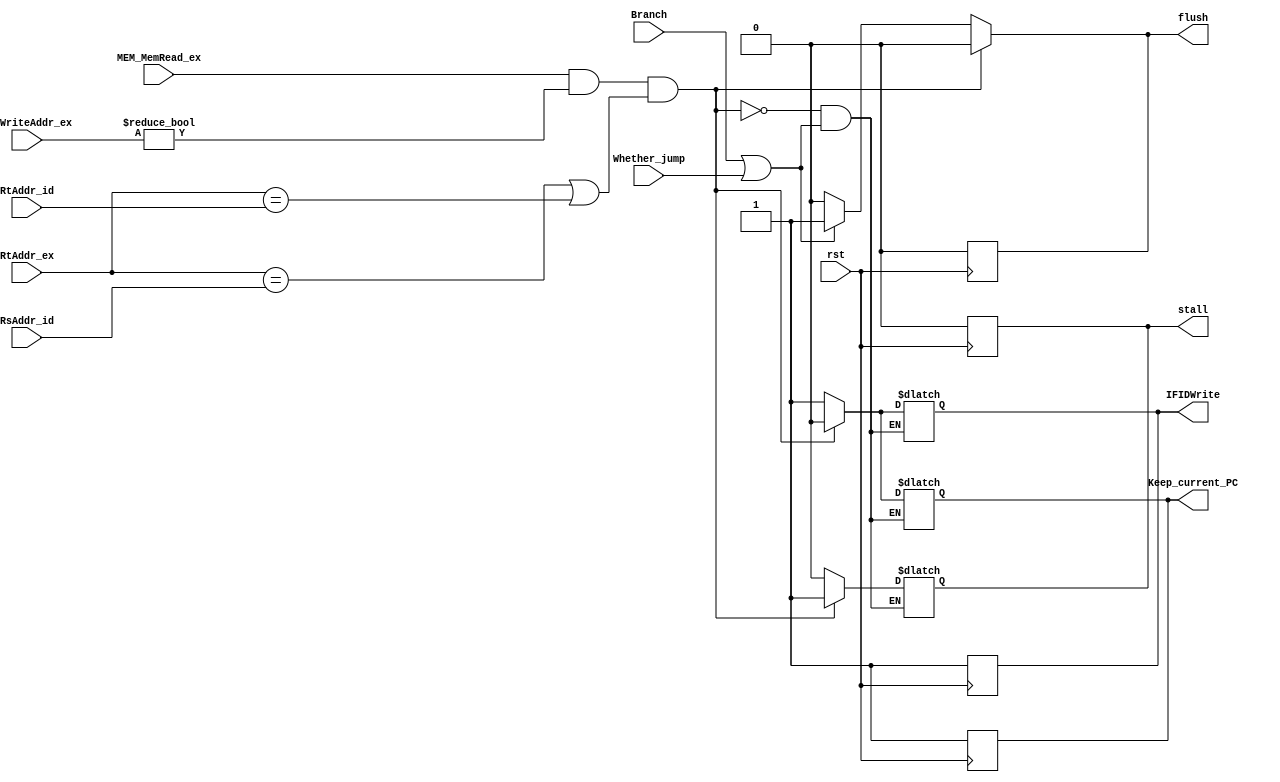
module HazardInspector(
    input rst,
    input Branch,
    input Whether_jump,
    input[4:0] RsAddr_id,
    input[4:0] RtAddr_id,
    input[4:0] RtAddr_ex,
    input MEM_MemRead_ex,
    input [4:0]RegWriteAddr_ex,
    
    output reg Keep_current_PC,
    output reg IFIDWrite,
    output reg stall,
    output reg flush
);

    always @(posedge rst)begin
            Keep_current_PC <= 1;
            IFIDWrite <= 1;
            stall <= 0;
            flush <= 0;
    end
    always @(*)
    begin
        if(MEM_MemRead_ex&&(RegWriteAddr_ex != 0)
		   &&((RtAddr_ex==RsAddr_id)||(RtAddr_ex==RtAddr_id)))//lw --data adventure
        begin
            Keep_current_PC<=0;// we not need to update the PC
            IFIDWrite<=0;//keep the IF/ID constant
            stall<=1;//we don't deliver the data of ID to ID/EX
            flush <= 0;
        end
        else if(Branch||Whether_jump) begin
            //when we need to flush the pipline(beq/bne/j/jal), we need to let Whether_jump become 1
            flush <= 1;
        end
        else 
        begin
            Keep_current_PC <= 1;
            IFIDWrite <= 1;
            stall <= 0;
            flush <= 0;
        end
    end
endmodule